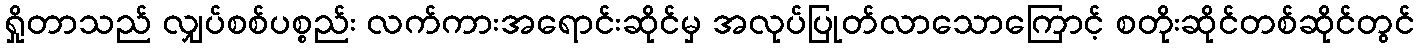
ရှိုတာသည် လျှပ်စစ်ပစ္စည်း လက်ကားအရောင်းဆိုင်မှ အလုပ်ပြုတ်လာသောကြောင့် စတိုးဆိုင်တစ်ဆိုင်တွင်